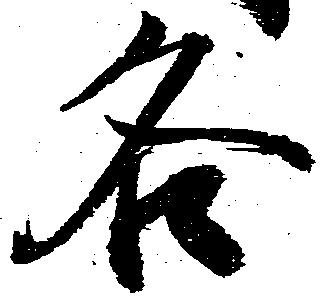
各